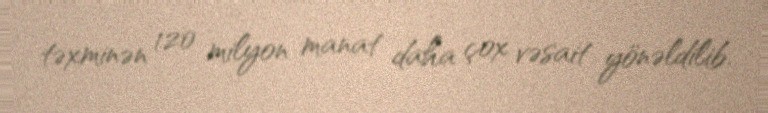
təxminən 120 milyon manat daha çox vəsait yönəldilib.